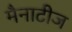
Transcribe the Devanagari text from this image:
मैनाटीज